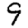
Digit: 9